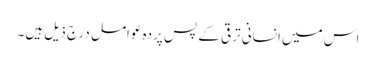
اس میں انسانی ترقی کے پسِ پردہ عوامل درج ذیل ہیں۔